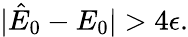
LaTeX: \begin{array}{r}{|\hat{E}_{0}-E_{0}|>4\epsilon.}\end{array}